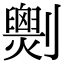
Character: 𠠧